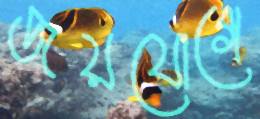
জয়যোগে